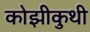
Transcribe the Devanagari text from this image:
कोझीकुथी